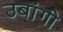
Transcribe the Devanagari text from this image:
उबांगी